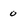
Character: 0